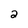
Character: 2